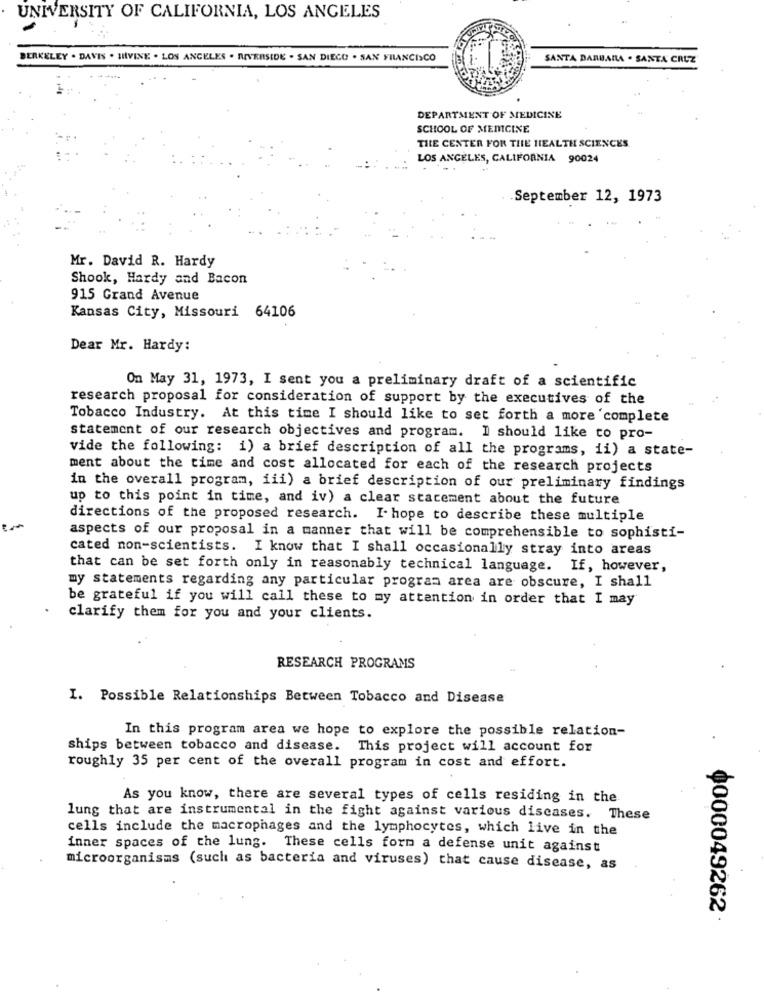
UNIVERSITY OF CALIFORNIA, LOS ANGELES
BERKELEY . DAVIS . HIVINE . LOS ANGELES . RIVERSIDE . SAN DIEGO . SAN FRANCISCO
SANTA BARBARA . SANTA CRUZ
DEPARTMENT OF MEDICINE
SCHOOL OF MEDICINE
TILE CENTER FOR THE HEALTH SCIENCES
LOS ANGELES, CALIFORNIA 90024
September 12, 1973
Mr. David R. Hardy
Shook, Hardy and Bacon
915 Grand Avenue
Kansas City, Missouri 64106
Dear Mr. Hardy:
On May 31, 1973, I sent you a preliminary draft of a scientific
research proposal for consideration of support by the executives of the
Tobacco Industry. At this time I should like to set forth a more complete
statement of our research objectives and program. I should like to pro-
vide the following: i) a brief description of all the programs, ii) a state-
ment about the time and cost allocated for each of the research projects
in the overall program, iii) a brief description of our preliminary findings
up to this point in time, and iv) a clear statement about the future
directions of the proposed research. I- hope to describe these multiple
aspects of our proposal in a manner that will be comprehensible to sophisti-
cated non-scientists. I know that I shall occasionally stray into areas
that can be set forth only in reasonably technical language.
If, however,
my statements regarding any particular program area are obscure, I shall
be grateful if you will call these to my attention in order that I may
clarify them for you and your clients.
RESEARCH PROGRAMS
I. Possible Relationships Between Tobacco and Disease
In this program area we hope to explore the possible relation-
ships between tobacco and disease. This project will account for
roughly 35 per cent of the overall program in cost and effort.
As you know, there are several types of cells residing in the
lung that are instrumental in the fight against various diseases. These
cells include the macrophages and the lymphocytes, which live in the
inner spaces of the lung. These cells form a defense unit against
microorganisms (such as bacteria and viruses) that cause disease, as
0000049262 .